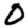
Digit: 0